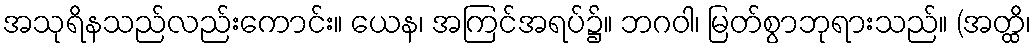
အသုရိနသည်လည်းကောင်း။ ယေန၊ အကြင်အရပ်၌။ ဘဂဝါ၊ မြတ်စွာဘုရားသည်။ (အတ္ထိ၊